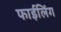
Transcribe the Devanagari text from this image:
फाईलिंग